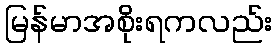
မြန်မာအစိုးရကလည်း